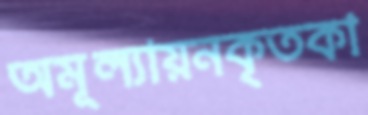
অমূল্যায়নকৃতকা